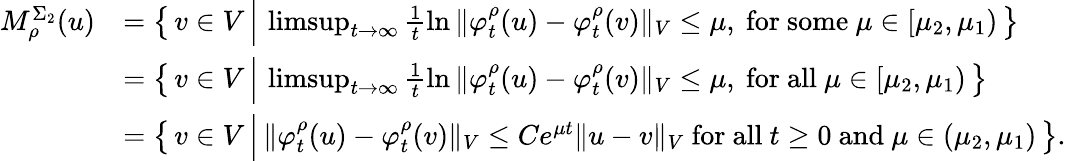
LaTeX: \begin{array}{rl}{M_{\rho}^{\Sigma_{2}}(u)}&{=\left\{ \, v\in V\, \Big\vert\, \operatorname*{limsup}_{t\to\infty}\frac{1}{t}\ln{\Vert\varphi_{t}^{\rho}(u)-\varphi_{t}^{\rho}(v)\Vert_{V}}\leq\mu,\mathrm{~for~some~}\mu\in[\mu_{2},\mu_{1})\, \right\} }\\ &{=\left\{ \, v\in V\, \Big\vert\, \operatorname*{limsup}_{t\to\infty}\frac{1}{t}\ln{\Vert\varphi_{t}^{\rho}(u)-\varphi_{t}^{\rho}(v)\Vert_{V}}\leq\mu,\mathrm{~for~all~}\mu\in[\mu_{2},\mu_{1})\, \right\} }\\ &{=\left\{ \, v\in V\, \Big\vert\, \Vert\varphi_{t}^{\rho}(u)-\varphi_{t}^{\rho}(v)\Vert_{V}\leq Ce^{\mu t}\Vert u-v\Vert_{V}\mathrm{~for~all~}t\geq 0\mathrm{~and~}\mu\in(\mu_{2},\mu_{1})\, \right\} .}\end{array}